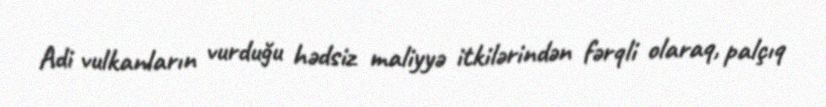
Adi vulkanların vurduğu hədsiz maliyyə itkilərindən fərqli olaraq, palçıq